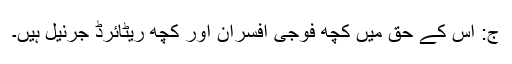
ج: اس کے حق میں کچھ فوجی افسران اور کچھ ریٹائرڈ جرنیل ہیں۔